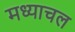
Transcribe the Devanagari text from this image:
मध्याचल